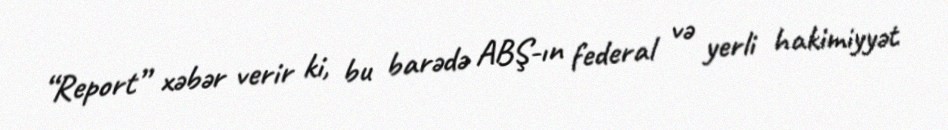
“Report” xəbər verir ki, bu barədə ABŞ-ın federal və yerli hakimiyyət